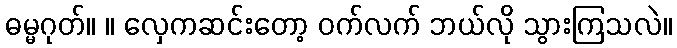
ဓမ္မဂုတ်။ ။ လှေကဆင်းတော့ ဝက်လက် ဘယ်လို သွားကြသလဲ။